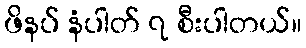
ဖိနပ် နံပါတ် ၇ စီးပါတယ်။